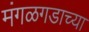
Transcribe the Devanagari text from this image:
मंगळगडाच्या